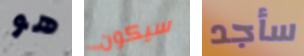
هو سيكون سأجد